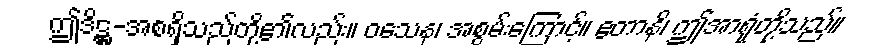
ဤဒိဋ္ဌ-အစရှိသည်တို့၏လည်း။ ဝသေန၊ အစွမ်းကြောင့်။ ဧတာနိ၊ ဤအာရုံတို့သည်။